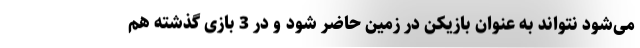
می‌شود نتواند به عنوان بازیکن در زمین حاضر شود و در 3 بازی گذشته هم